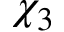
\chi _ { 3 }